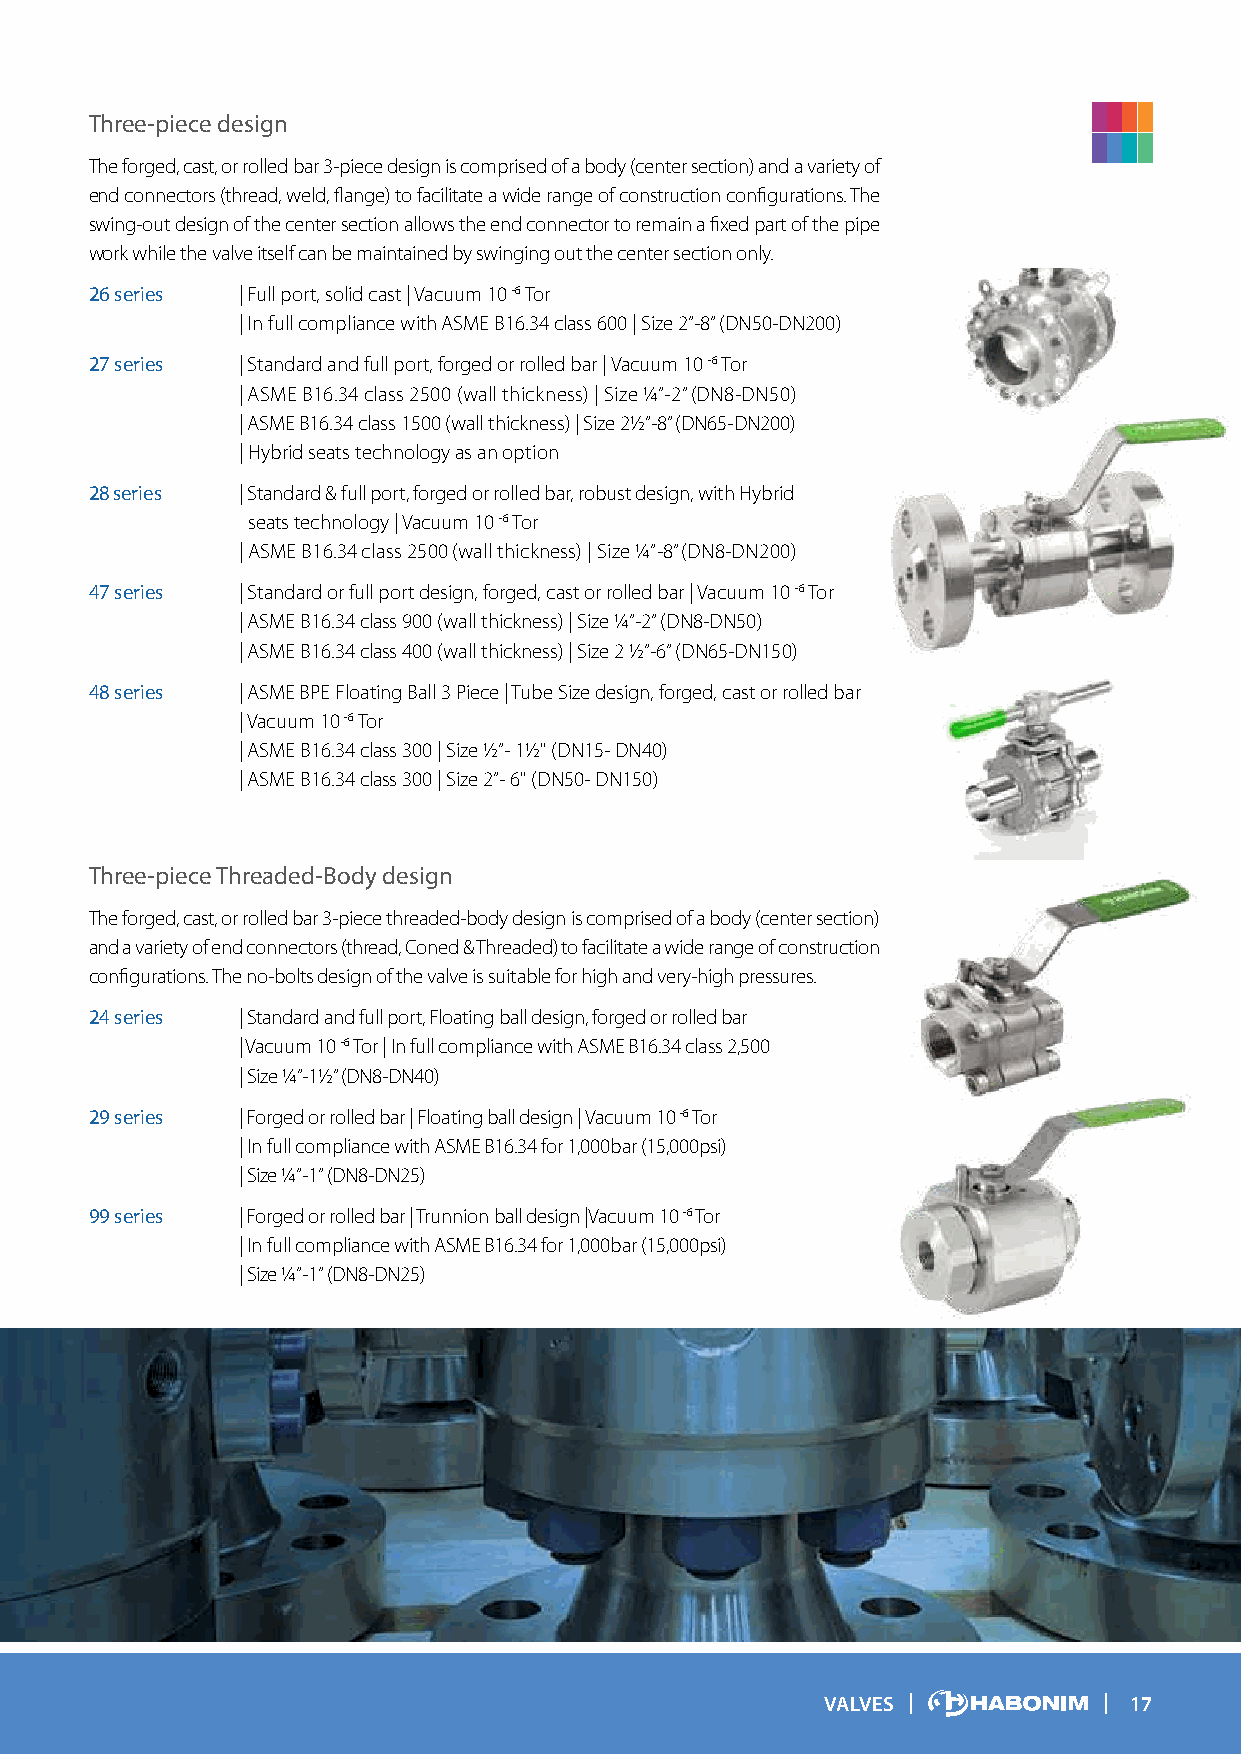
Three-piece design
 The forged, cast, or rolled bar 3-piece design is comprised of a body (center section) and a variety of
 end connectors (thread, weld, flange) to facilitate a wide range of construction configurations. The
 swing-out design of the center section allows the end connector to remain a fixed part of the pipe
 work while the valve itself can be maintained by swinging out the center section only.
 26 series | Full port, solid cast | Vacuum 10 -6 Tor
 | In full compliance with ASME B16.34 class 600 | Size 2”-8” (DN50-DN200)
 27 series | Standard and full port, forged or rolled bar | Vacuum 10 -6 Tor
 | ASME B16.34 class 2500 (wall thickness) | Size ¼”-2” (DN8-DN50)
 | ASME B16.34 class 1500 (wall thickness) | Size 2½”-8” (DN65-DN200)
 | Hybrid seats technology as an option
 28 series | Standard & full port, forged or rolled bar, robust design, with Hybrid
 seats technology | Vacuum 10 -6 Tor
 | ASME B16.34 class 2500 (wall thickness) | Size ¼”-8” (DN8-DN200)
 47 series | Standard or full port design, forged, cast or rolled bar | Vacuum 10 -6 Tor
 | ASME B16.34 class 900 (wall thickness) | Size ¼”-2” (DN8-DN50)
 | ASME B16.34 class 400 (wall thickness) | Size 2 ½”-6” (DN65-DN150)
 48 series | ASME BPE Floating Ball 3 Piece | Tube Size design, forged, cast or rolled bar
 | Vacuum 10 -6 Tor
 | ASME B16.34 class 300 | Size ½”- 1½" (DN15- DN40)
 | ASME B16.34 class 300 | Size 2”- 6" (DN50- DN150)
 Three-piece Threaded-Body design
 The forged, cast, or rolled bar 3-piece threaded-body design is comprised of a body (center section)
 and a variety of end connectors (thread, Coned & Threaded) to facilitate a wide range of construction
 configurations. The no-bolts design of the valve is suitable for high and very-high pressures.
 24 series | Standard and full port, Floating ball design, forged or rolled bar
 | Vacuum 10 -6 Tor | In full compliance with ASME B16.34 class 2,500
 | Size ¼”-1½” (DN8-DN40)
 29 series | Forged or rolled bar | Floating ball design | Vacuum 10 -6 Tor
 | In full compliance with ASME B16.34 for 1,000bar (15,000psi)
 | Size ¼”-1” (DN8-DN25)
 99 series | Forged or rolled bar | Trunnion ball design |Vacuum 10 -6 Tor
 | In full compliance with ASME B16.34 for 1,000bar (15,000psi)
 | Size ¼”-1” (DN8-DN25)
 VALVES              17